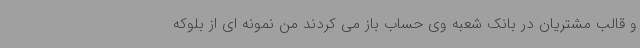
و قالب مشتریان در بانک شعبه وی حساب باز می کردند من نمونه ای از بلوکه